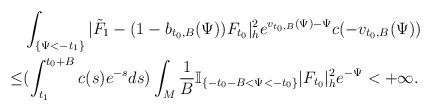
LaTeX: \begin{align*} & \int_{\{\Psi<-t_1\}}|\tilde{F}_1-(1-b_{t_0,B}(\Psi))F_{t_0}|^2_he^{v_{t_0,B}(\Psi)-\Psi}c(-v_{t_0,B}(\Psi)) \\ \le & (\int_{t_1}^{t_0+B}c(s)e^{-s}ds) \int_{M}\frac{1}{B}\mathbb{I}_{\{-t_0-B<\Psi<-t_0\}}|F_{t_0}|^2_he^{-\Psi}<+\infty. \end{align*}